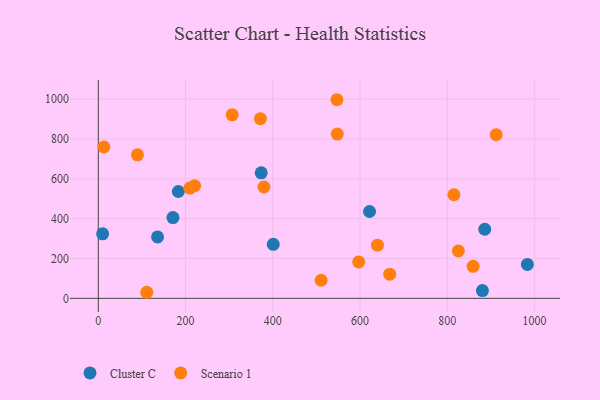
{"axis": {"x": "Ad Spend", "y": "Demand"}, "legend": ["Cluster C", "Scenario 1"], "data": [{"x": "171.1", "y": 405.3, "type": "Cluster C"}, {"x": "373.4", "y": 629.9, "type": "Cluster C"}, {"x": "885.8", "y": 346.7, "type": "Cluster C"}, {"x": "983.5", "y": 170.1, "type": "Cluster C"}, {"x": "9.9", "y": 323.7, "type": "Cluster C"}, {"x": "880.5", "y": 39.0, "type": "Cluster C"}, {"x": "183.4", "y": 536.4, "type": "Cluster C"}, {"x": "621.7", "y": 435.9, "type": "Cluster C"}, {"x": "135.8", "y": 308.3, "type": "Cluster C"}, {"x": "401.0", "y": 271.3, "type": "Cluster C"}, {"x": "371.5", "y": 901.6, "type": "Scenario 1"}, {"x": "596.9", "y": 182.9, "type": "Scenario 1"}, {"x": "306.9", "y": 921.3, "type": "Scenario 1"}, {"x": "667.9", "y": 121.4, "type": "Scenario 1"}, {"x": "639.8", "y": 266.6, "type": "Scenario 1"}, {"x": "379.7", "y": 558.8, "type": "Scenario 1"}, {"x": "547.0", "y": 997.0, "type": "Scenario 1"}, {"x": "859.2", "y": 160.7, "type": "Scenario 1"}, {"x": "220.8", "y": 565.1, "type": "Scenario 1"}, {"x": "89.7", "y": 720.3, "type": "Scenario 1"}, {"x": "815.1", "y": 520.1, "type": "Scenario 1"}, {"x": "111.1", "y": 30.4, "type": "Scenario 1"}, {"x": "12.8", "y": 759.8, "type": "Scenario 1"}, {"x": "510.7", "y": 90.7, "type": "Scenario 1"}, {"x": "547.7", "y": 824.7, "type": "Scenario 1"}, {"x": "825.3", "y": 238.1, "type": "Scenario 1"}, {"x": "209.9", "y": 553.6, "type": "Scenario 1"}, {"x": "912.1", "y": 821.5, "type": "Scenario 1"}]}